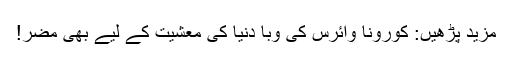
مزید پڑھیں: کورونا وائرس کی وبا دنیا کی معشیت کے لیے بھی مضر!